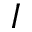
I